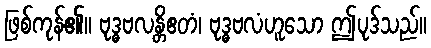
ဖြစ်ကုန်၏။ ဗုဒ္ဓဗလန္တိဧတံ၊ ဗုဒ္ဓဗလံဟူသော ဤပုဒ်သည်။